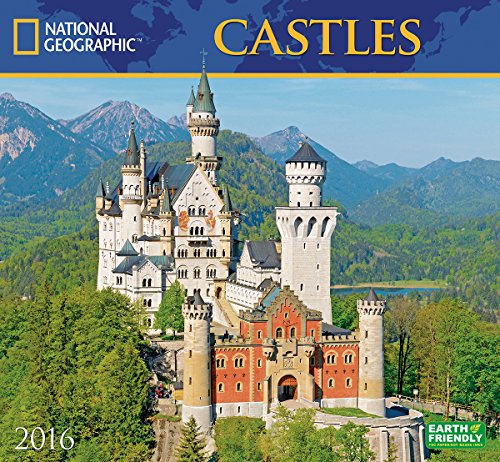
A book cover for Castles National Geographic 2016 Wall Calendar; National Geographic Society; Calendars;